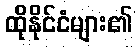
ထိုနိုင်ငံများ၏